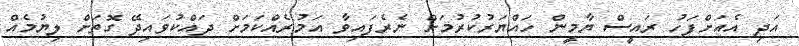
އަދި އެއަށްފަހު ރައީސް ޔާމީން ހައްޔަރުކުރުމަށް ނެރެފައިވާ އަމުރެއްކަމަށް ދައްކުވައިދޭ ގޮތަށް ލިޔުމެއް